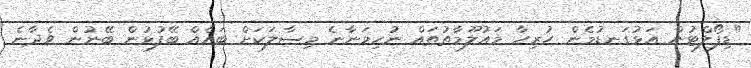
"ޑިފޯލްޓުން އަޅުގަނޑުމެން ހުރިހާ މައުލޫމާތުތައް ނުހިމަނާނެ މިސާލަކަށް ބައެއް ބޭފުޅުން ބޭނުން ވެދާނެ